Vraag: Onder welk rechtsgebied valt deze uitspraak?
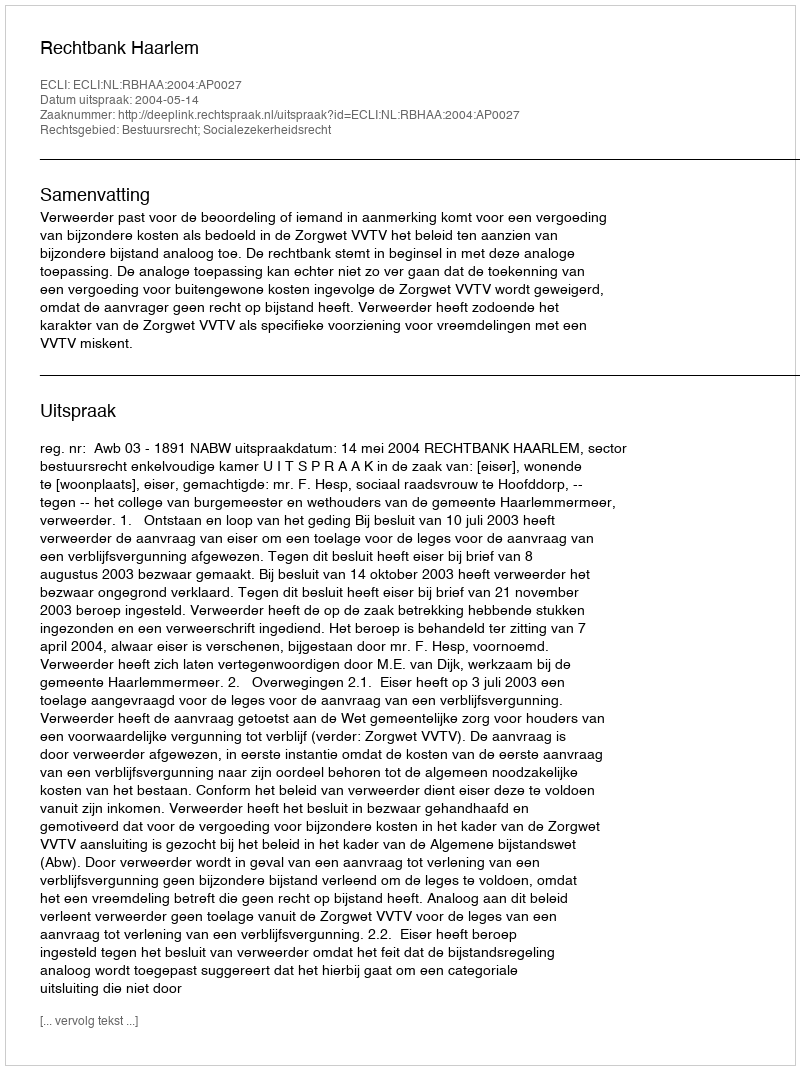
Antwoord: Bestuursrecht; Socialezekerheidsrecht